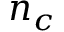
n _ { c }